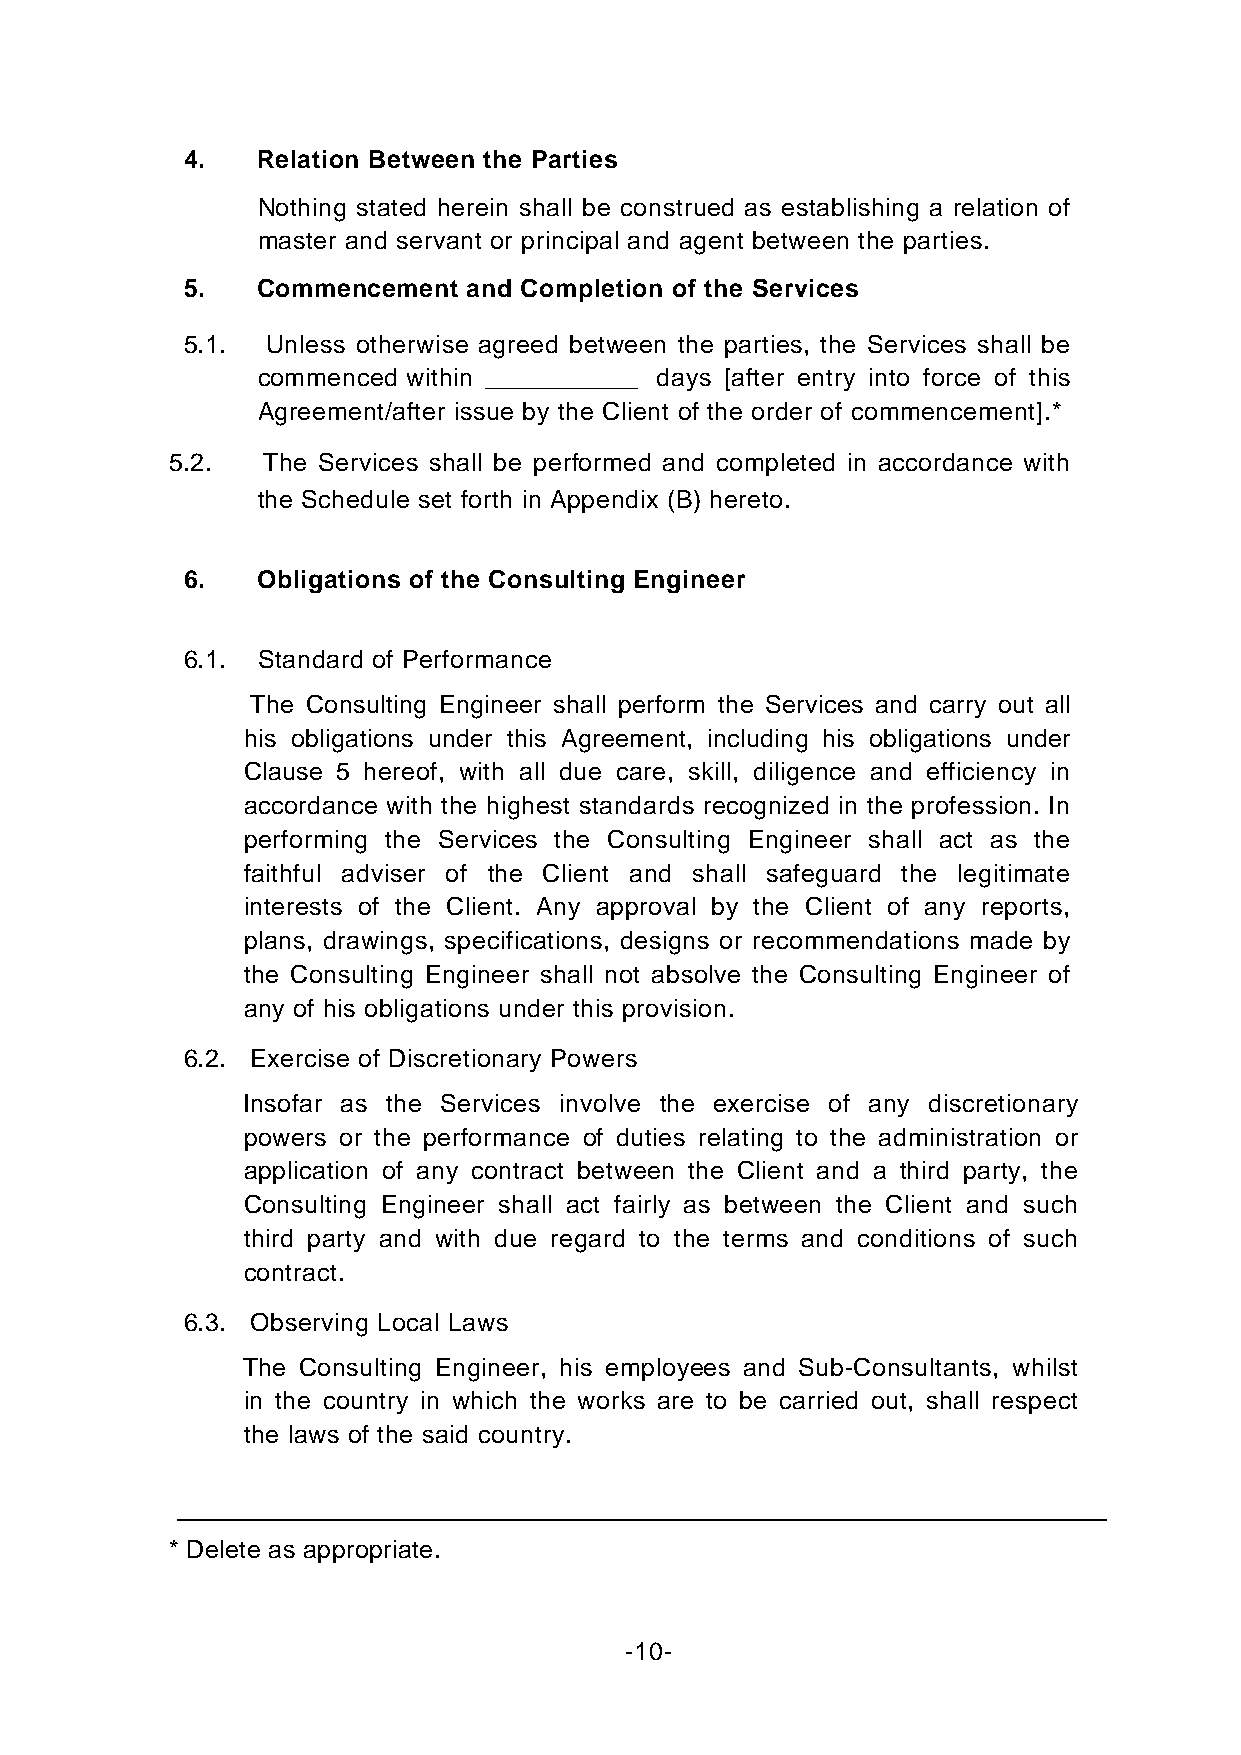
4.   Relation Between the Parties
 Nothing stated herein shall be construed as establishing a relation of
 master and servant or principal and agent between the parties.
 5.   Commencement  and Completion of the Services
 5.1.  Unless otherwise agreed between the parties, the Services shall be
 commenced within ___________ days [after entry into force of this
 Agreement/after issue by the Client of the order of commencement].*
 5.2.  The Services shall be performed and completed in accordance with
 the Schedule set forth in Appendix (B) hereto.
 6.   Obligations of the Consulting Engineer
 6.1. Standard of Performance
 The Consulting Engineer shall perform the Services and carry out all
 his obligations under this Agreement, including his obligations under
 Clause 5 hereof, with all due care, skill, diligence and efficiency in
 accordance with the highest standards recognized in the profession. In
 performing the Services the Consulting Engineer shall act as the
 faithful adviser of the Client and shall safeguard the legitimate
 interests of the Client. Any approval by the Client of any reports,
 plans, drawings, specifications, designs or recommendations made by
 the Consulting Engineer shall not absolve the Consulting Engineer of
 any of his obligations under this provision.
 6.2. Exercise of Discretionary Powers
 Insofar as the Services involve the exercise of any discretionary
 powers or the performance of duties relating to the administration or
 application of any contract between the Client and a third party, the
 Consulting Engineer shall act fairly as between the Client and such
 third party and with due regard to the terms and conditions of such
 contract.
 6.3. Observing Local Laws
 The Consulting Engineer, his employees and Sub-Consultants, whilst
 in the country in which the works are to be carried out, shall respect
 the laws of the said country.
 * Delete as appropriate.
 -10-